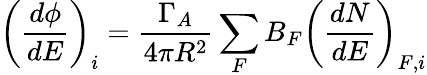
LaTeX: \left(\frac{d\phi}{dE}\right)_{i}=\frac{\Gamma_{A}}{4\pi R^{2}}\sum_{F}B_{F}\left(\frac{dN}{dE}\right)_{F,i}